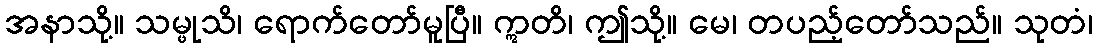
အနာသို့။ သမ္ဖုသိ၊ ရောက်တော်မူပြီ။ ဣတိ၊ ဤသို့။ မေ၊ တပည့်တော်သည်။ သုတံ၊